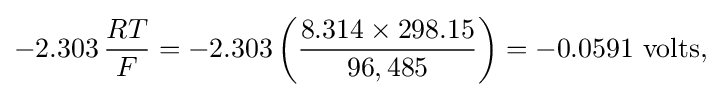
-2.303\,{RT \over F}=-2.303\left({\frac {8.314\times 298.15}{96,485}}\right)=-0.0591\ \mathrm {volts,}